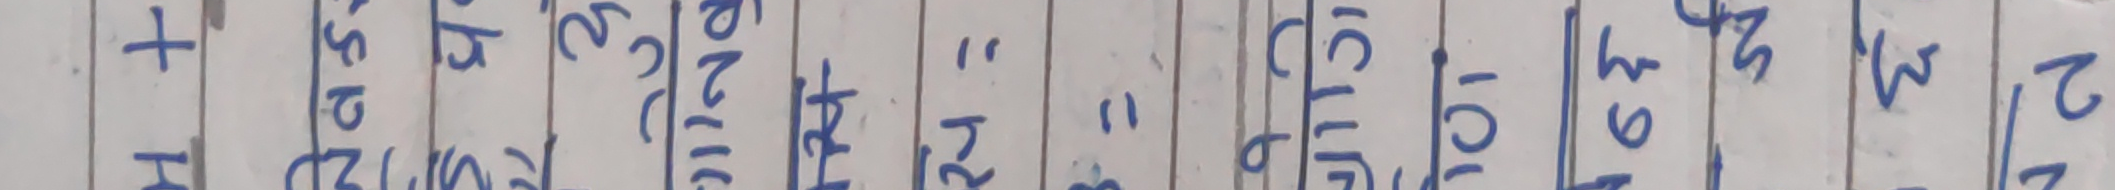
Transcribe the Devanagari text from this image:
हल यस पल नट सब २१ ११ १०१ ३९ ४१ २३